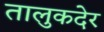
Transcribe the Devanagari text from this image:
तालुकदेर